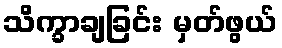
သိက္ခာချခြင်း မှတ်ဖွယ်